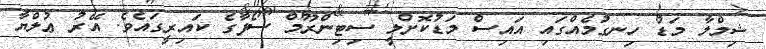
ޝިމްލާ މަޑު ހިނގުމެއްގައި އައިސް މަޑުކޮށްލީ ސިޓިންރޫމް ސޯފާގެ ކައިރީގައެވެ. އޭރު ޢުލްޔާ